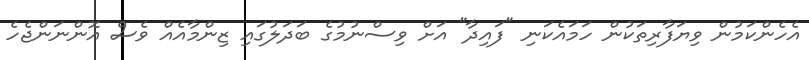
އެހެންކަމުން ވިޔަފާރިތަކުން ހަމައެކަނި "ފައިދާ" އަށް ވިސްނުމުގެ ބަދަލުގައި ޒިންމާއެއް ވެސް އޮންނަންޖެހެ